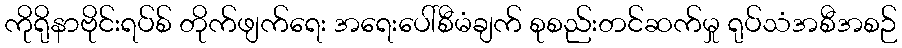
ကိုရိုနာဗိုင်းရပ်စ် တိုက်ဖျက်ရေး အရေးပေါ်စီမံချက် စုစည်းတင်ဆက်မှု ရုပ်သံအစီအစဉ်